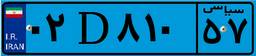
۶۴D۰۱۰۷۴